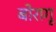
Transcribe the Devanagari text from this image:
बोरागू